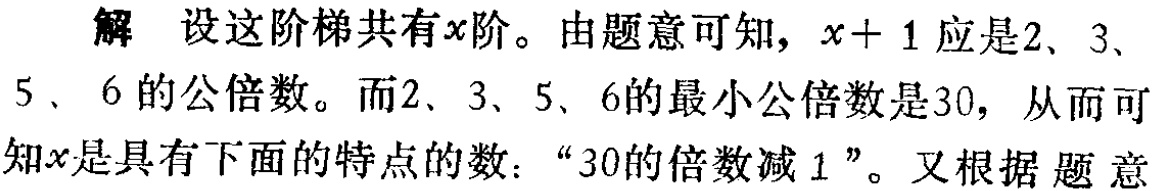
解 设这阶梯共有\(x\)阶。由题意可知，\(x + 1\)应是\(2\)、\(3\)、\(5\)、\(6\)的公倍数。而\(2\)、\(3\)、\(5\)、\(6\)的最小公倍数是\(30\)，从而可知\(x\)是具有下面的特点的数：“\(30\)的倍数减\(1\)”。又根据 题 意